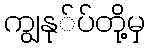
ကျွနု်ပ်တို့မှ